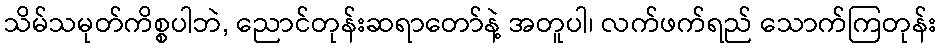
သိမ်သမုတ်ကိစ္စပါဘဲ, ညောင်တုန်းဆရာတော်နဲ့ အတူပါ၊ လက်ဖက်ရည် သောက်ကြတုန်း